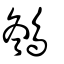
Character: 䳉